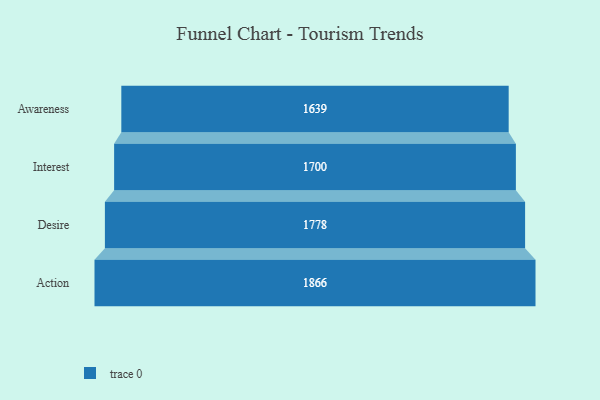
{"axis": {"x": "Stage", "y": "Value"}, "legend": [""], "data": [{"x": "Awareness", "y": 1639.0, "type": ""}, {"x": "Interest", "y": 1700.0, "type": ""}, {"x": "Desire", "y": 1778.0, "type": ""}, {"x": "Action", "y": 1866.0, "type": ""}]}